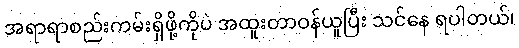
အရာရာစည်းကမ်းရှိဖို့ကိုပဲ အထူးတာဝန်ယူပြီး သင်နေ ရပါတယ်၊